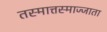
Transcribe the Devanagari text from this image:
तस्मात्तस्माज्जाता